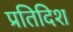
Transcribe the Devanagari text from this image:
प्रतिदिश